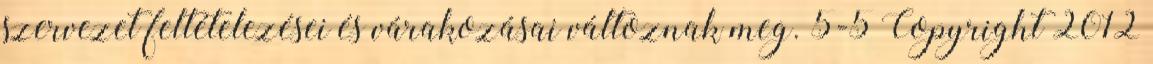
szervezet feltételezései és várakozásai változnak meg. 5-5 Copyright 2012